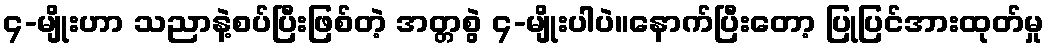
၄-မျိုးဟာ သညာနဲ့စပ်ပြီးဖြစ်တဲ့ အတ္တစွဲ ၄-မျိုးပါပဲ။နောက်ပြီးတော့ ပြုပြင်အားထုတ်မှု